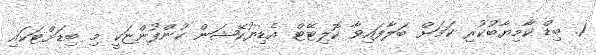
1. ބިޑް ކާމިޔާބުކުރި ކަމަށް ބަލާފައިވާ ކޮލިޓޭޓް އެޑިޔުކޭޝަން ކުންފުންޏަކީ މި ބިޑަށްޓަކައި